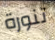
تنورة